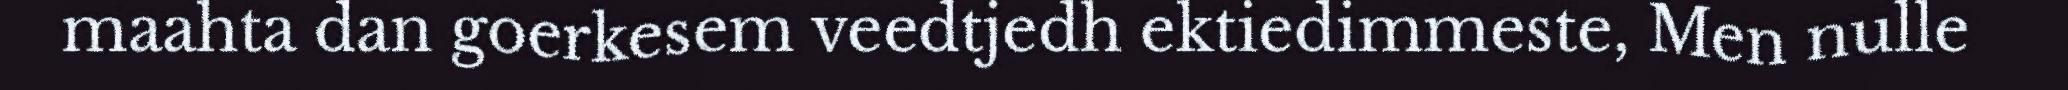
maahta dan goerkesem veedtjedh ektiedimmeste, Men nulle